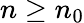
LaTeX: n\geq n_{0}